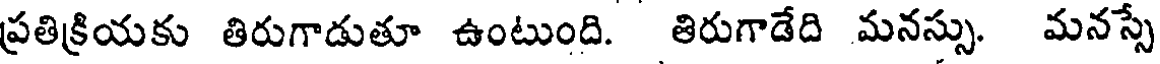
ప్రతిక్రియకు తిరుగాడుతూ ఉంటుంది. తిరుగాడేది మనస్సు. మనస్సే